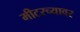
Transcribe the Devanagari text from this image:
मीटरच्यावर